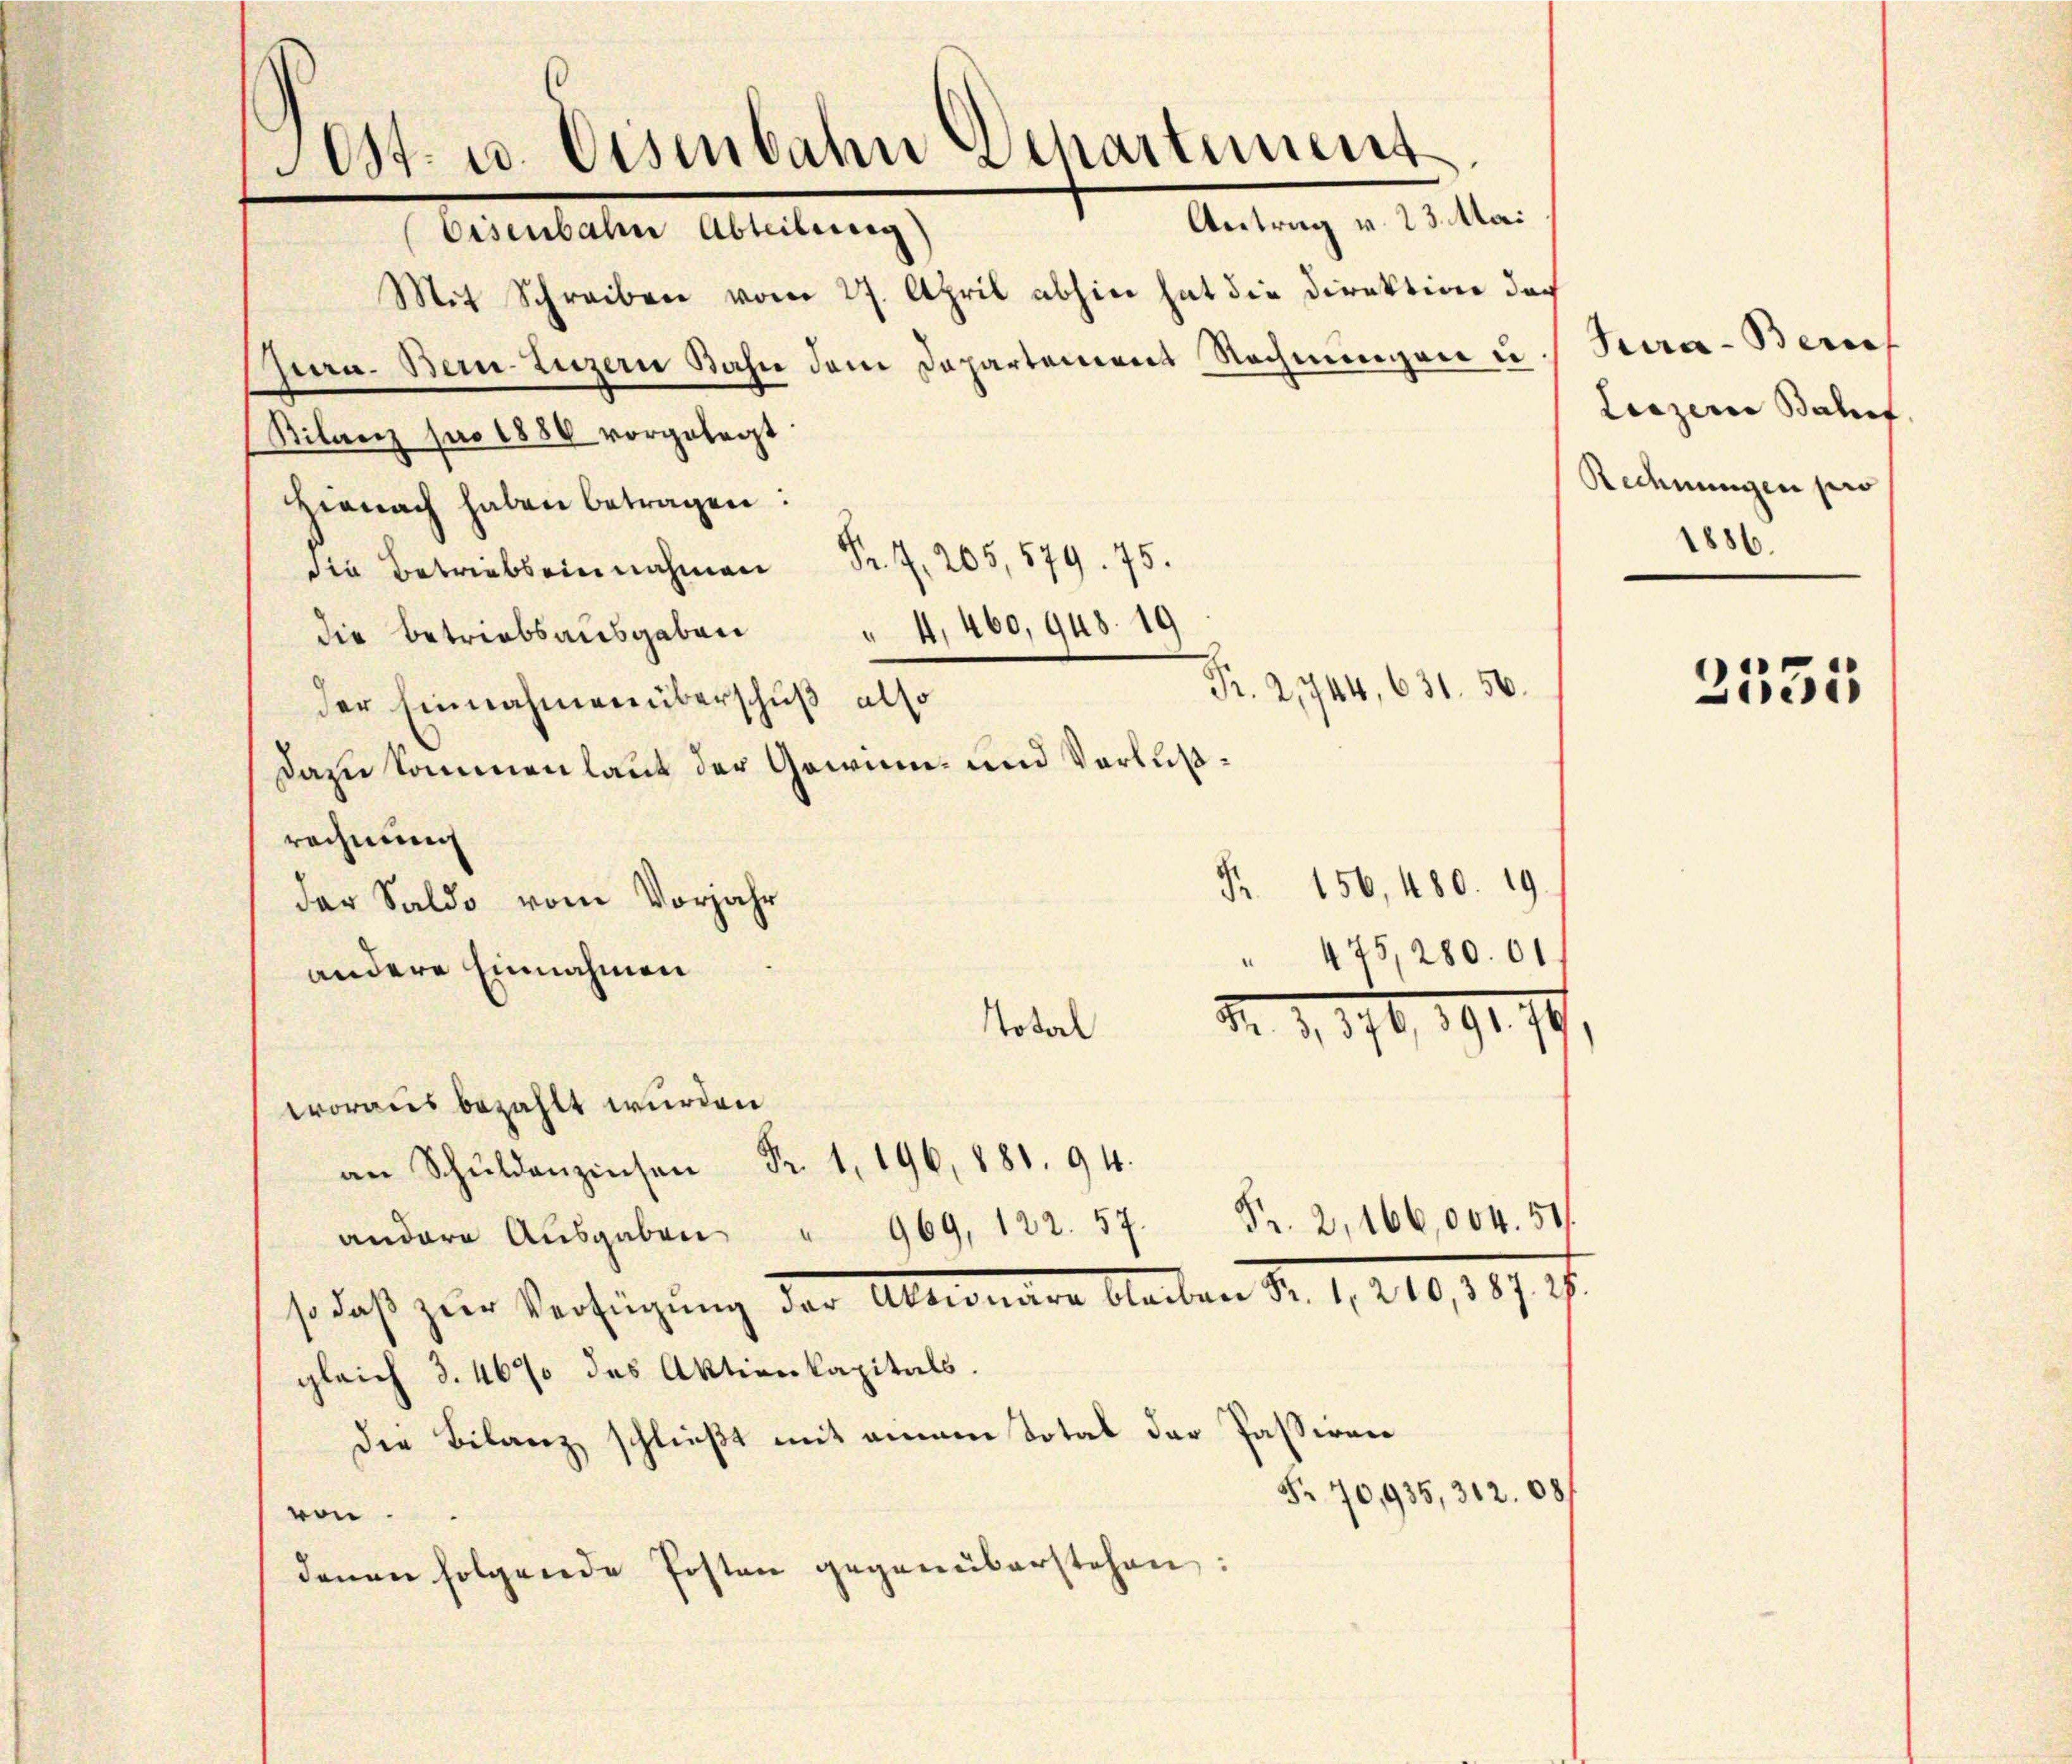
st. u. Eisenbahn Departement
Antrag v. 23. Mai
Ererbeten Abteilung
Mit Schreiben vom 27. April abhin hat die Direktion doch
Ppa. Bein Luzern Bahn dem Departement Rechningen u. Kura-Bern
Bilanz pro 1886 vorgelegt:
Hienach haben betragen:
die Betriebeinnahmen Sr. J. 205, 579. 75.
die Betriebsausgaben " 4,400,948. 19
Pr. 2,744, 631. 56.
der Einnahmen überschuß also
Dazu kommen laut der Gewinn- und Verlusrechnung
Fr. 156, 480. 19.
der Saldo vom Vorjahr
" 475,280. 01
andere Einnahmen
Nr. 4, 176, 19479
Total

woraus bezahlt wurden

.94
andere Aŭsgaben " 969, 122. 57.
gleich 3. 46 des Aktienkapitals.
Die Bilanz schließt mit einem Total der Passiven
ven.

denen folgende Posten gegenüberstehen:

Fr. 2, 166,004. 51.
so daß zur Verfügung der Altwende Sachen Nr. 1, 210, 109 f.

Fr. 70,935, 312. 681

Leizeris Bachof
Rechnungen pro
1886.

2535